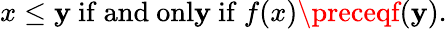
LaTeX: x\leq\mathbf{y}{\mathrm{{~if~and~onl\mathbf{y}~if~}}}f(x)\preceqf(\mathbf{y}).